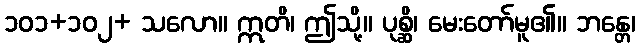
၁၀၁+၁၀၂+ သလော။ ဣတိ၊ ဤသို့။ ပုစ္ဆိ၊ မေးတော်မူ၏။ ဘန္တေ၊